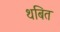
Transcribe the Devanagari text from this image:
थबित